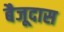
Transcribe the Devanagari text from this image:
बैजूदास